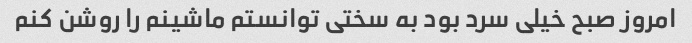
امروز صبح خیلی سرد بود به سختی توانستم ماشینم را روشن کنم